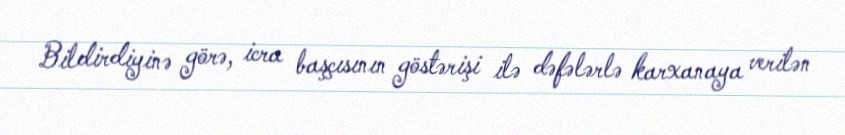
Bildirdiyinə görə, icra başçısının göstərişi ilə dəfələrlə karxanaya verilən